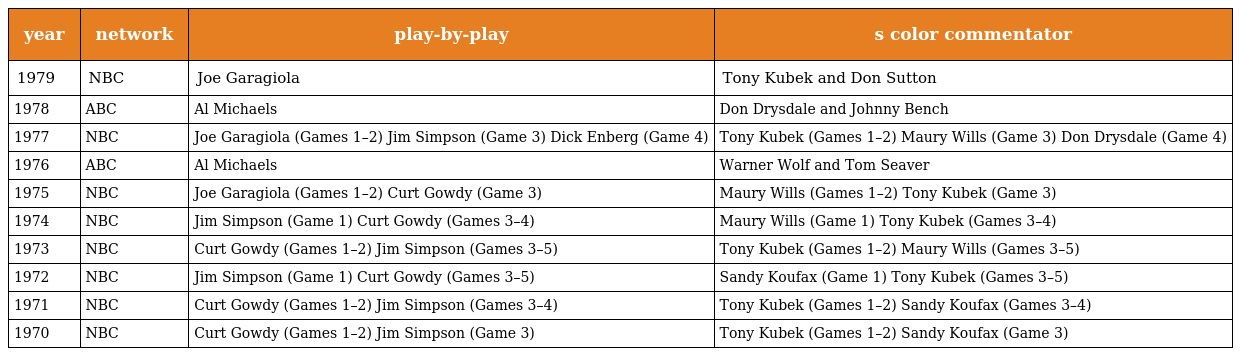
| year | network | play-by-play | s color commentator |
 | --- | --- | --- | --- |
 | 1979 | NBC | Joe Garagiola | Tony Kubek and Don Sutton |
 | 1978 | ABC | Al Michaels | Don Drysdale and Johnny Bench |
 | 1977 | NBC | Joe Garagiola (Games 1–2) Jim Simpson (Game 3) Dick Enberg (Game 4) | Tony Kubek (Games 1–2) Maury Wills (Game 3) Don Drysdale (Game 4) |
 | 1976 | ABC | Al Michaels | Warner Wolf and Tom Seaver |
 | 1975 | NBC | Joe Garagiola (Games 1–2) Curt Gowdy (Game 3) | Maury Wills (Games 1–2) Tony Kubek (Game 3) |
 | 1974 | NBC | Jim Simpson (Game 1) Curt Gowdy (Games 3–4) | Maury Wills (Game 1) Tony Kubek (Games 3–4) |
 | 1973 | NBC | Curt Gowdy (Games 1–2) Jim Simpson (Games 3–5) | Tony Kubek (Games 1–2) Maury Wills (Games 3–5) |
 | 1972 | NBC | Jim Simpson (Game 1) Curt Gowdy (Games 3–5) | Sandy Koufax (Game 1) Tony Kubek (Games 3–5) |
 | 1971 | NBC | Curt Gowdy (Games 1–2) Jim Simpson (Games 3–4) | Tony Kubek (Games 1–2) Sandy Koufax (Games 3–4) |
 | 1970 | NBC | Curt Gowdy (Games 1–2) Jim Simpson (Game 3) | Tony Kubek (Games 1–2) Sandy Koufax (Game 3) |